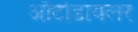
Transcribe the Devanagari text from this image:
ऑटोडायलर